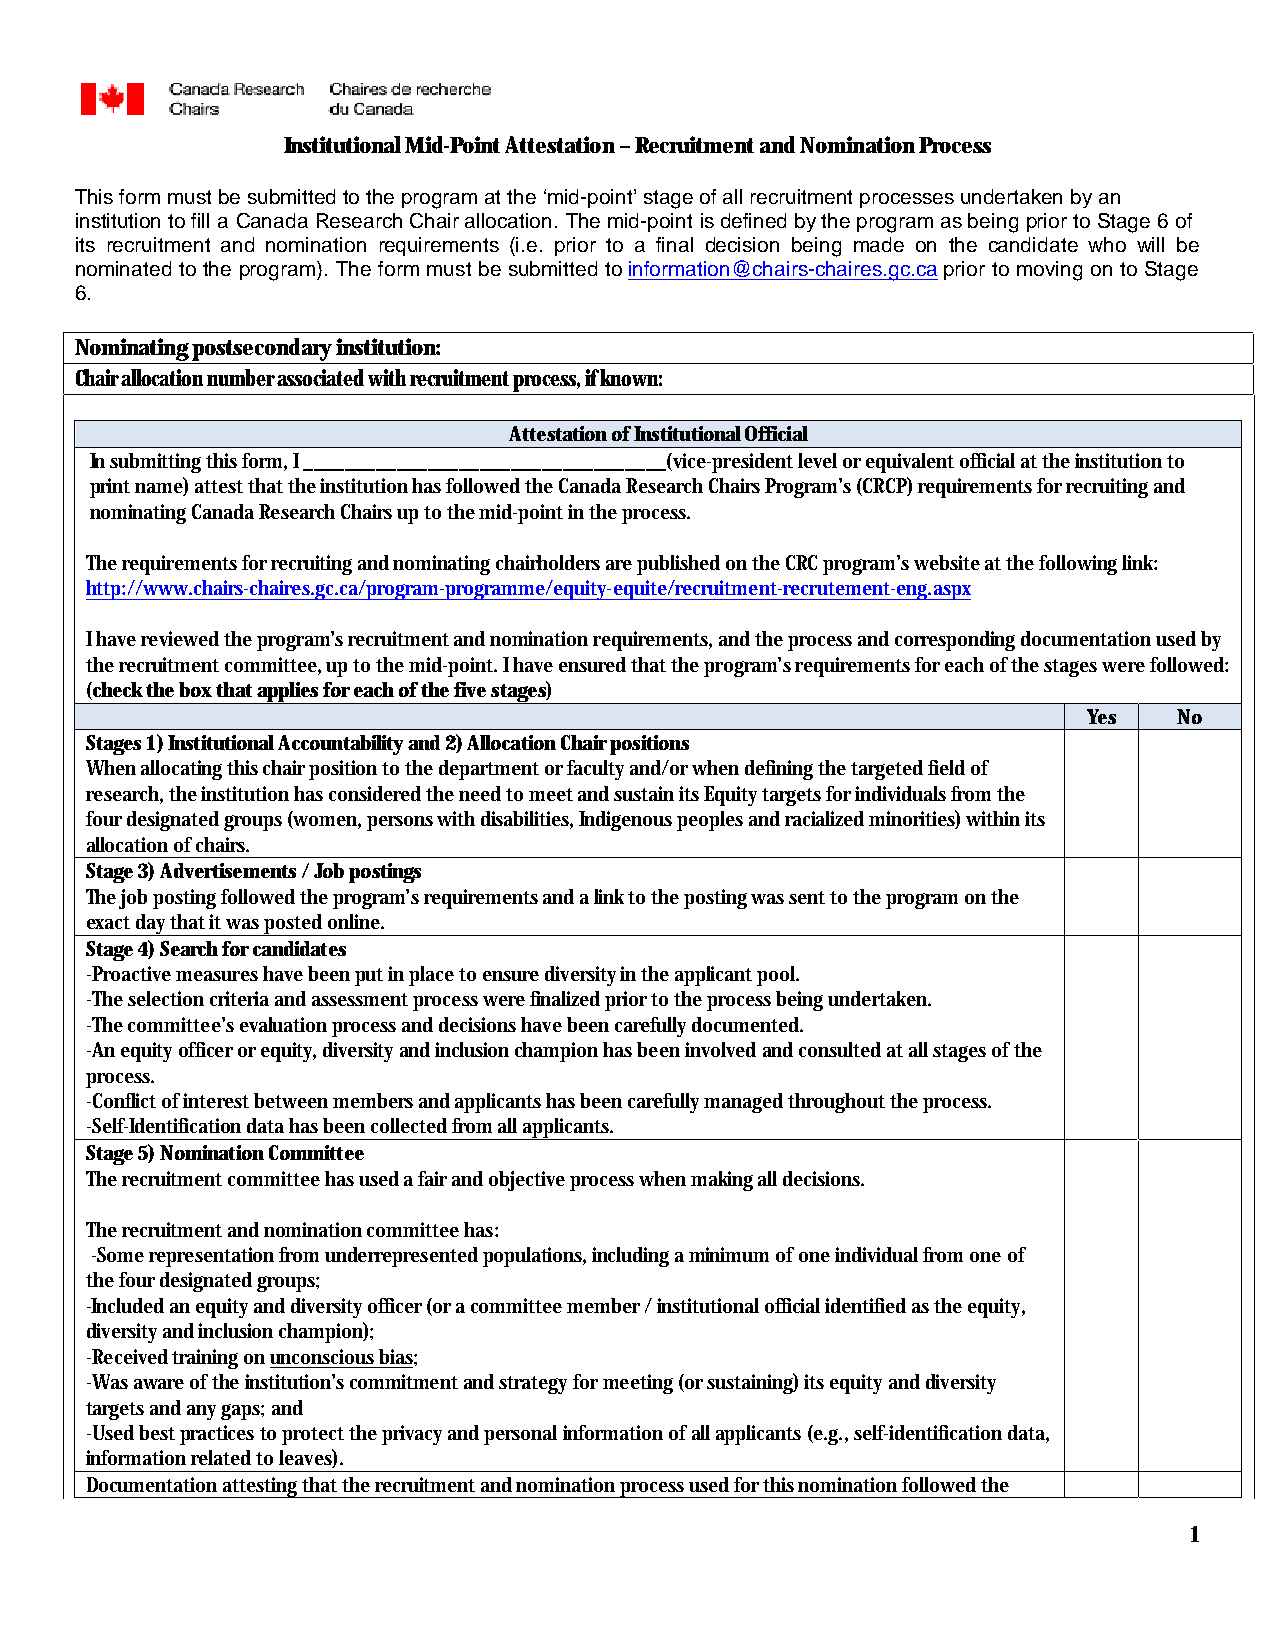
Institutional Mid-Point Attestation – Recruitment and Nomination Process
 This form must be submitted to the program at the ‘mid-point’ stage of all recruitment processes undertaken by an
 institution to fill a Canada Research Chair allocation. The mid-point is defined by the program as being prior to Stage 6 of
 its recruitment and nomination requirements (i.e. prior to a final decision being made on the candidate who will be
 nominated to the program). The form must be submitted to information@chairs-chaires.gc.ca prior to moving on to Stage
 6.
 Nominating postsecondary institution:
 Chair allocation number associated with recruitment process, if known:
 Attestation of Institutional Official
 In submitting this form, I ___________________________________(vice-president level or equivalent official at the institution to
 print name) attest that the institution has followed the Canada Research Chairs Program’s (CRCP) requirements for recruiting and
 nominating Canada Research Chairs up to the mid-point in the process.
 The requirements for recruiting and nominating chairholders are published on the CRC program’s website at the following link:
 http://www.chairs-chaires.gc.ca/program-programme/equity-equite/recruitment-recrutement-eng.aspx
 I have reviewed the program’s recruitment and nomination requirements, and the process and corresponding documentation used by
 the recruitment committee, up to the mid-point. I have ensured that the program’s requirements for each of the stages were followed:
 (check the box that applies for each of the five stages)
 Yes   No
 Stages 1) Institutional Accountability and 2) Allocation Chair positions
 When allocating this chair position to the department or faculty and/or when defining the targeted field of
 research, the institution has considered the need to meet and sustain its Equity targets for individuals from the
 four designated groups (women, persons with disabilities, Indigenous peoples and racialized minorities) within its
 allocation of chairs.
 Stage 3) Advertisements / Job postings
 The job posting followed the program’s requirements and a link to the posting was sent to the program on the
 exact day that it was posted online.
 Stage 4) Search for candidates
 -Proactive measures have been put in place to ensure diversity in the applicant pool.
 -The selection criteria and assessment process were finalized prior to the process being undertaken.
 -The committee’s evaluation process and decisions have been carefully documented.
 -An equity officer or equity, diversity and inclusion champion has been involved and consulted at all stages of the
 process.
 -Conflict of interest between members and applicants has been carefully managed throughout the process.
 -Self-Identification data has been collected from all applicants.
 Stage 5) Nomination Committee
 The recruitment committee has used a fair and objective process when making all decisions.
 The recruitment and nomination committee has:
 -Some representation from underrepresented populations, including a minimum of one individual from one of
 the four designated groups;
 -Included an equity and diversity officer (or a committee member / institutional official identified as the equity,
 diversity and inclusion champion);
 -Received training on unconscious bias;
 -Was aware of the institution’s commitment and strategy for meeting (or sustaining) its equity and diversity
 targets and any gaps; and
 -Used best practices to protect the privacy and personal information of all applicants (e.g., self-identification data,
 information related to leaves).
 Documentation attesting that the recruitment and nomination process used for this nomination followed the
 1